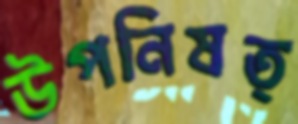
উপনিষত্